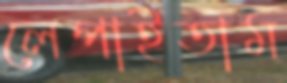
লেপাইতাম